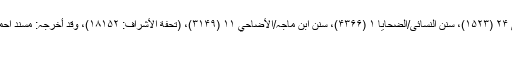
تخریج دارالدعوہ: صحیح مسلم/الأضاحي ۳ (۱۹۷۷)، سنن الترمذی/الأضاحي ۲۴ (۱۵۲۳)، سنن النسائی/الضحایا ۱ (۴۳۶۶)، سنن ابن ماجہ/الأضاحي ۱۱ (۳۱۴۹)، (تحفة الأشراف: ۱۸۱۵۲)، وقد أخرجہ: مسند احمد (۶/۲۸۹، ۳۰۱، ۳۱۱)، سنن الدارمی/الأضاحي ۲ (۱۹۹۰) (حسن صحیح)
وضاحت: ۱؎: جمہور کے نزدیک یہ حکم مستحب ہے۔